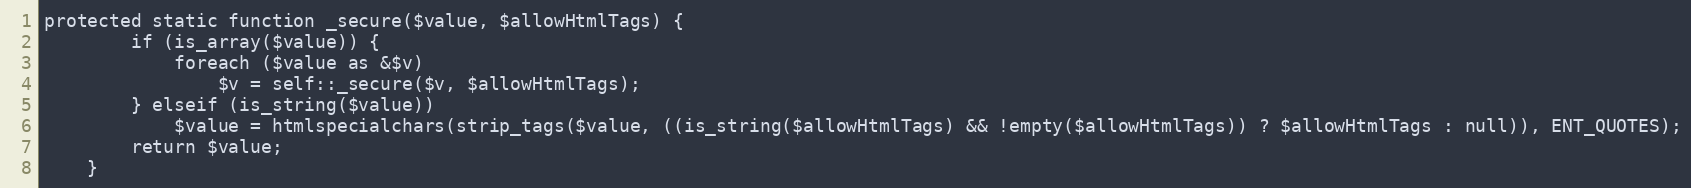
Language: PHP
protected static function _secure($value, $allowHtmlTags) {
        if (is_array($value)) {
            foreach ($value as &$v)
                $v = self::_secure($v, $allowHtmlTags);
        } elseif (is_string($value))
            $value = htmlspecialchars(strip_tags($value, ((is_string($allowHtmlTags) && !empty($allowHtmlTags)) ? $allowHtmlTags : null)), ENT_QUOTES);
        return $value;
    }